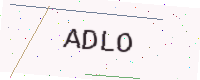
Text: ADLO